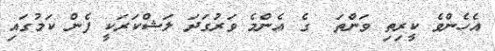
އެހެންވެ ކީރިތި ވަންތަ  ގެ އެންމެ ވަރުގަދަ ލަޝްކަރަކީ ފެން ކަމުގައި